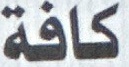
كافة